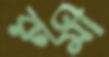
রুমী